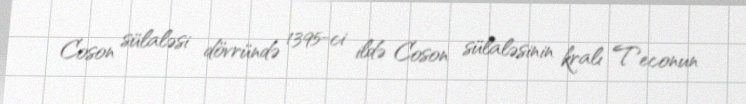
Coson sülaləsi dövründə 1395-ci ildə Coson sülaləsinin kralı Teconun